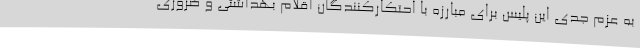
به عزم جدی این پلیس برای مبارزه با احتکارکنندگان اقلام بهداشتی و ضروری